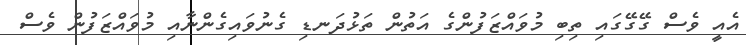
އެއީ ވެސް ގޭގޭގައި ތިބި މުވައްޒަފުންގެ އަތުން ތަޅުދަނޑި ގެނުވައިގެންނާއި މުވައްޒަފުން ވެސް